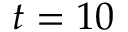
t = 1 0